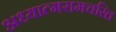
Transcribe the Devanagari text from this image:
अध्यात्मरामचरित